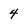
Character: 4